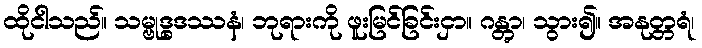
ထိုငါသည်။ သမ္ဗုဒ္ဓဒဿနံ၊ ဘုရားကို ဖူးမြင်ခြင်းငှာ။ ဂန္တွာ၊ သွား၍။ အနုတ္တရံ၊